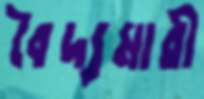
বৈদ্যমারী